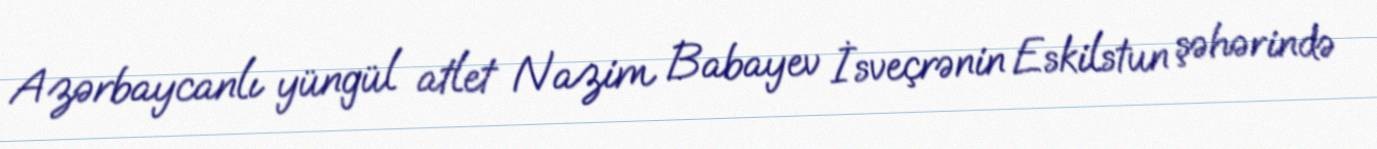
Azərbaycanlı yüngül atlet Nazim Babayev İsveçrənin Eskilstun şəhərində